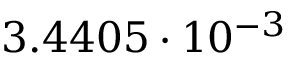
3 . 4 4 0 5 \cdot 1 0 ^ { - 3 }